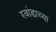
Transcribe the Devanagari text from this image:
रवांडाच्या